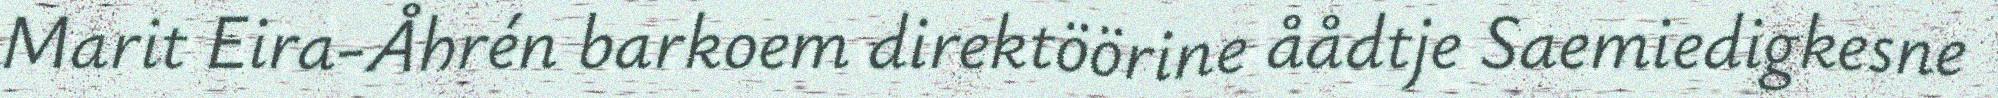
Marit Eira-Åhrén barkoem direktöörine åådtje Saemiedigkesne